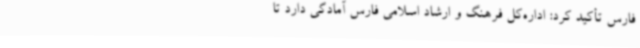
فارس تأکید کرد: اداره‌کل فرهنگ و ارشاد اسلامی فارس آمادگی دارد تا